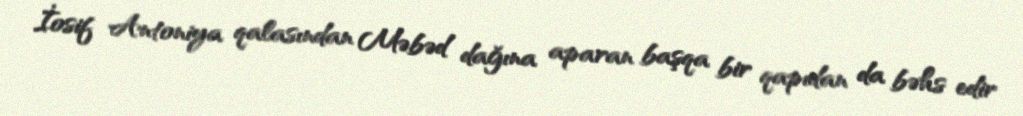
İosif Antoniya qalasından Məbəd dağına aparan başqa bir qapıdan da bəhs edir